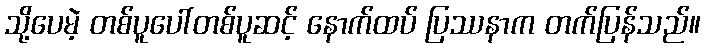
သို့ပေမဲ့ တစ်ပူပေါ်တစ်ပူဆင့် နောက်ထပ် ပြဿနာက တက်ပြန်သည်။